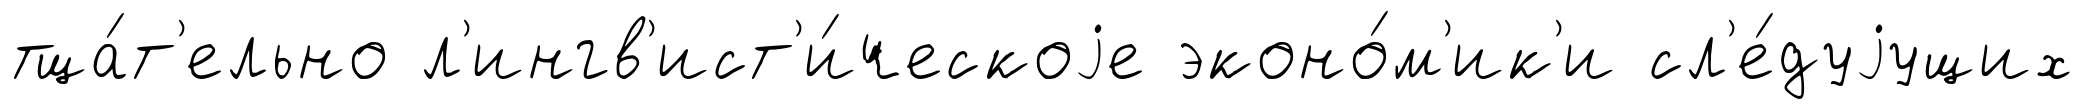
тща́т'ельно л'ингв'ист'и́ческоjе эконо́м'ик'и сл'е́дуjущих